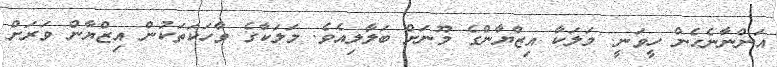
އަންނާނެހެން ހީވަނީ. މަލަކާ އިޒްޔާންގެ މޫނަށް ބަލާލިއެވެ. މަލަކާގެ ވާހަކަތަކުން އިޒްޔާން ވަރަށް